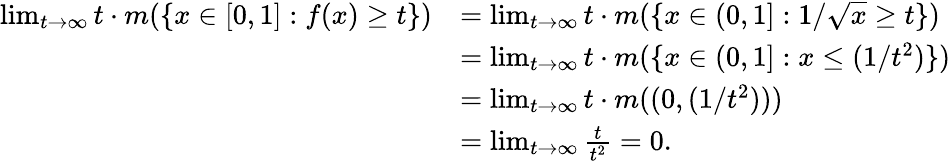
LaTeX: \begin{array}{rl}{\operatorname*{lim}_{t\to\infty}t\cdot m(\{ x\in[0,1]:f(x)\geq t\} )}&{=\operatorname*{lim}_{t\to\infty}t\cdot m(\{ x\in(0,1]:1/\sqrt{x}\geq t\} )}\\ &{=\operatorname*{lim}_{t\to\infty}t\cdot m(\{ x\in(0,1]:x\leq(1/t^{2})\} )}\\ &{=\operatorname*{lim}_{t\to\infty}t\cdot m((0,(1/t^{2})))}\\ &{=\operatorname*{lim}_{t\to\infty}\frac{t}{t^{2}}=0.}\end{array}